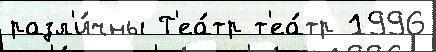
разл'и́чны Т'еа́тр т'еа́тр 1996